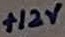
Text: +12V